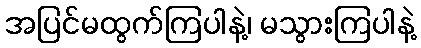
အပြင်မထွက်ကြပါနဲ့၊ မသွားကြပါနဲ့